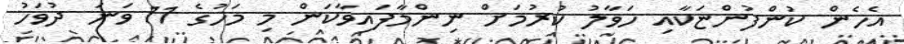
އެހެން ކުންފުންޏަކާއި ހަވާލު ކުރުމަށް ނިންމާފައިވާކަން މި މަހުގެ 11 ވަނަ ދުވަހު